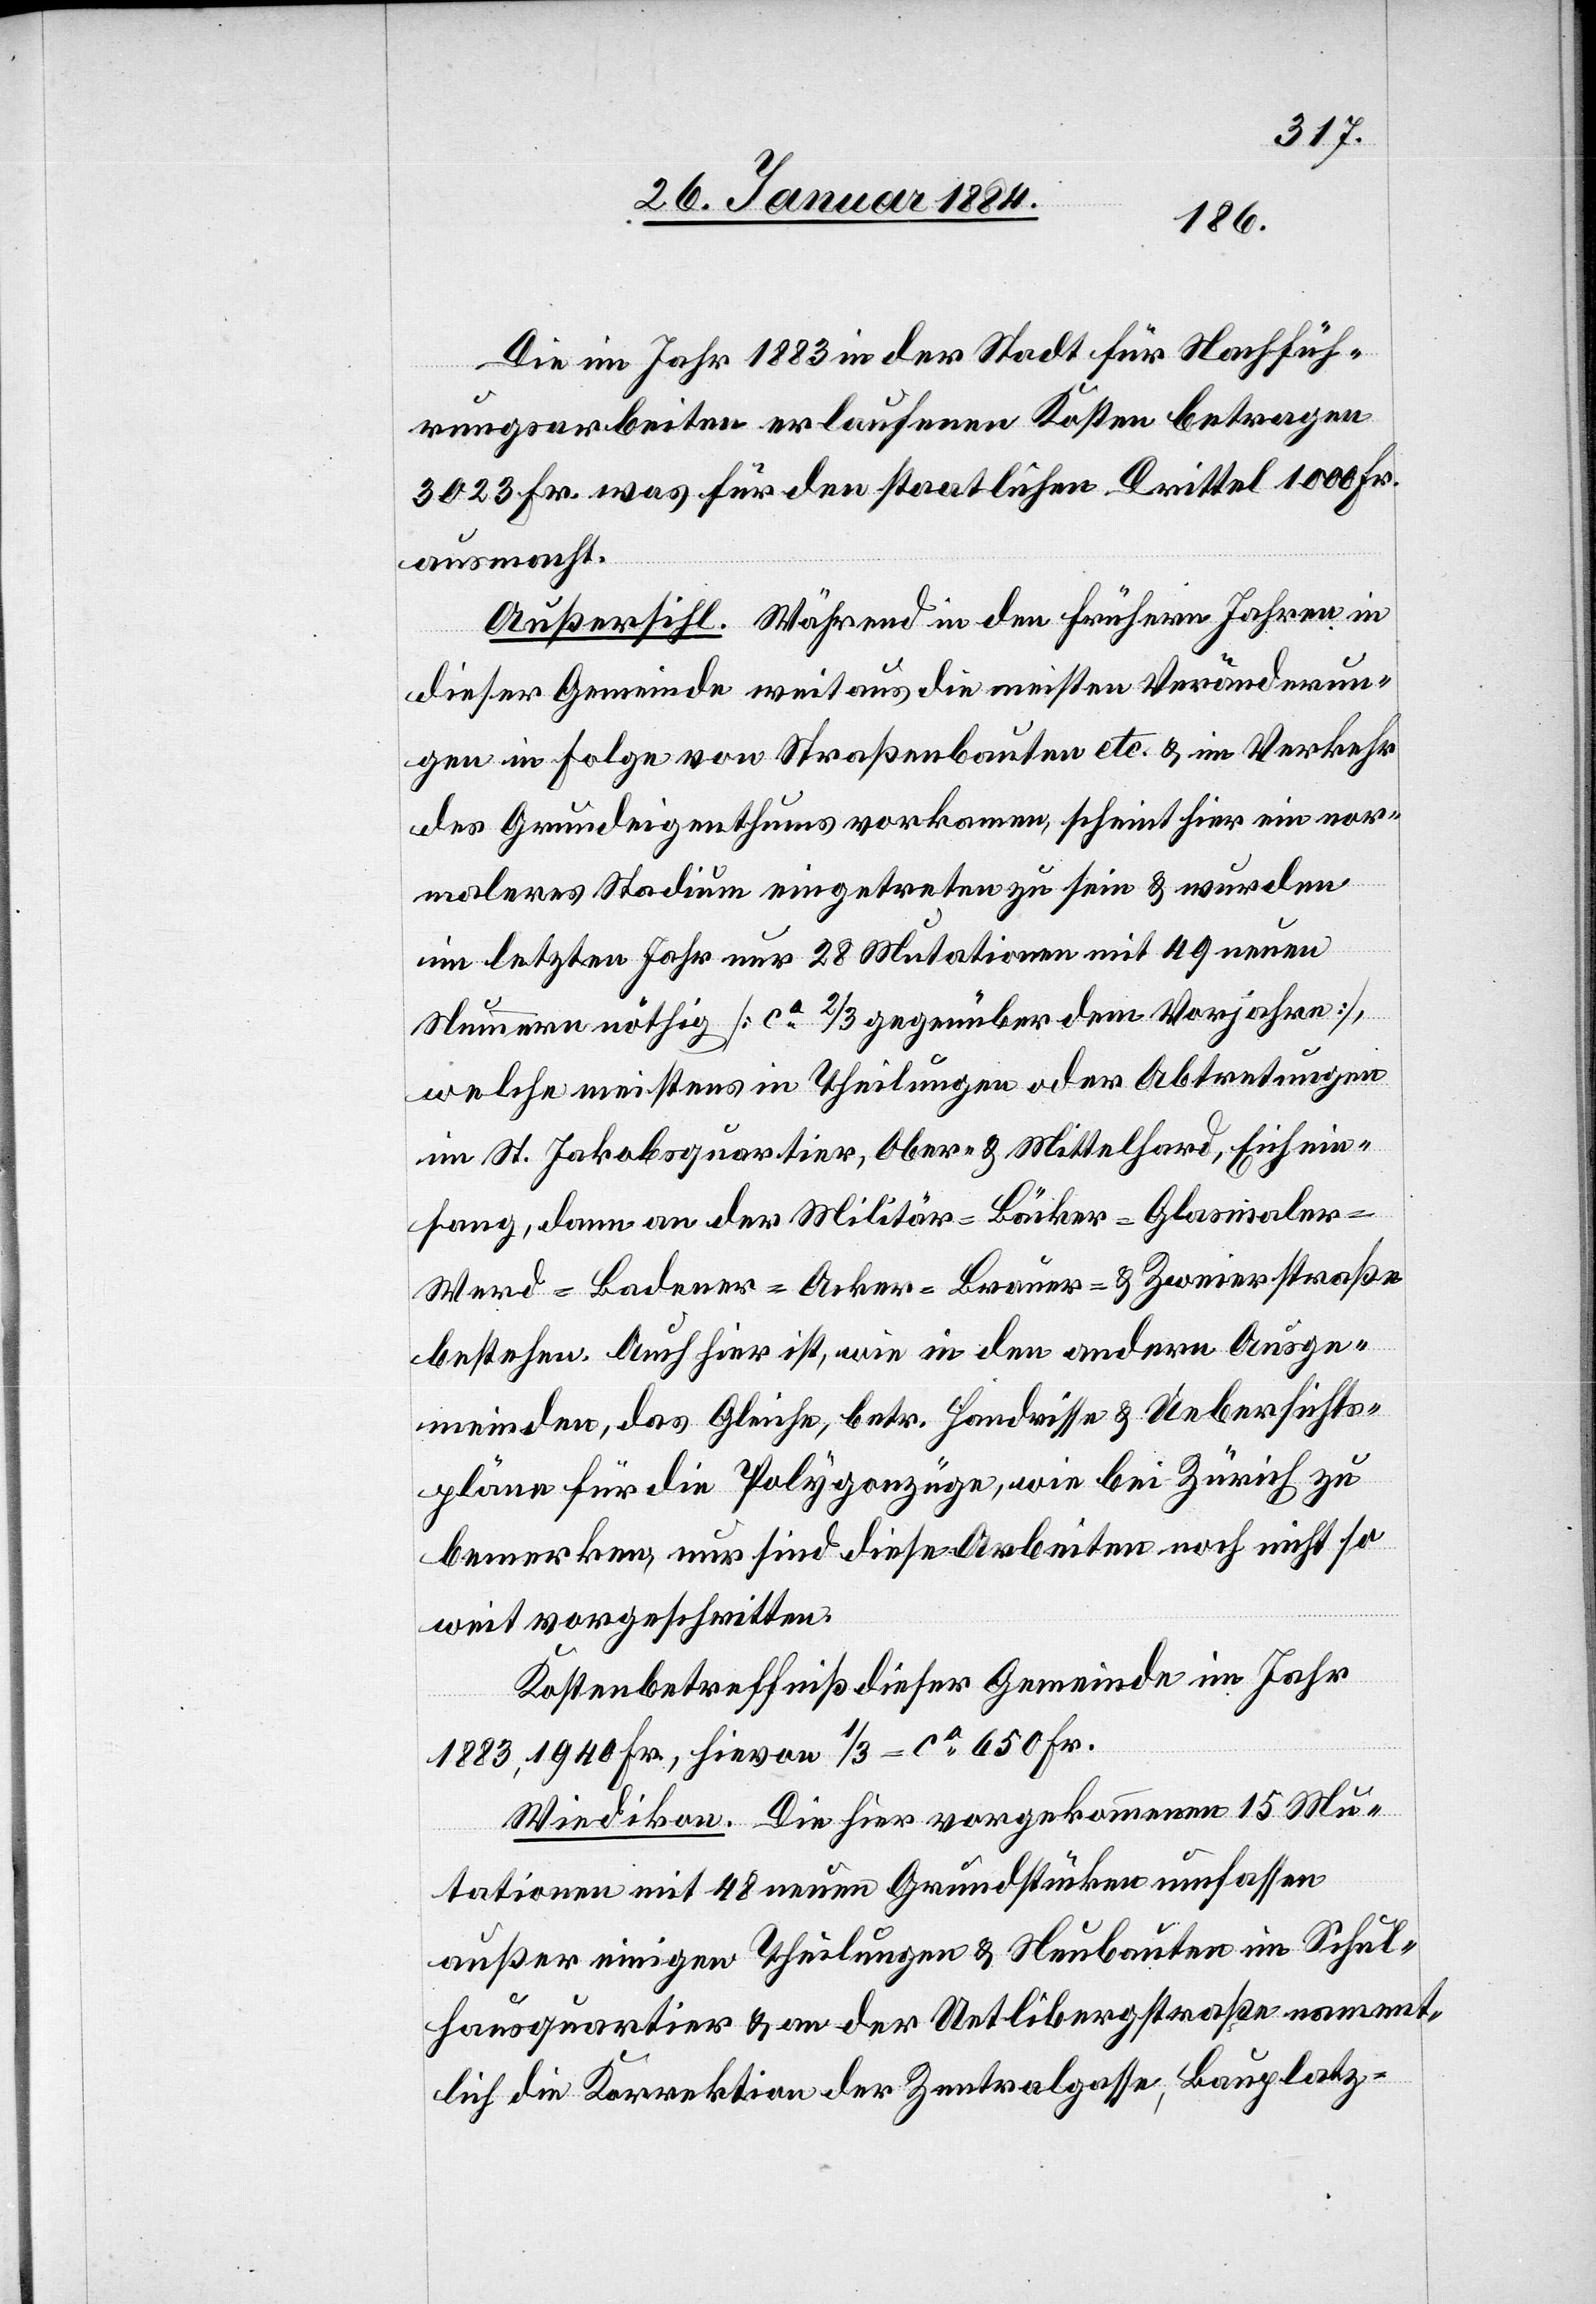
Die im Jahr 1883 in der Stadt für Nachfüh¬
rungsarbeiten erlaufenden Kosten betragen
3023 Fr. was für den staatlichen Drittel 1000 Fr.
ausmacht.
Außersihl. Während in den frühern Jahren in
dieser Gemeinde weitaus die meisten Veränderun¬
gen in Folge von Straßenbauten etc. & im Verkehr
des Grundeigenthums vorkommen, scheint hier ein nor¬
males Stadium eingetreten zu sein & wurden
im letzten Jahr nur 28 Mutationen mit 49 neuen
Nummern nöthig [ca 2/3 gegenüber dem Vorjahre],
welche meistens in Theilungen oder Abtretungen
im St. Jakobsquartier, Ober- & Mittelhard, Eichein¬
fang, dann an der Militär-Brauer- & Zweierstrase
bestehen. Auch hier ist, wie in den andern Ausge¬
meinden, das Gleiche, betr. Handrisse & Uebersichts¬
pläne für die Polygonzüge, wie bei Zürich zu
bemerken, nur sind diese Arbeiten noch nicht so
weit vorgeschritten.
Kostenbetreffniß dieser Gemeinde im Jahr
1883, 1940 Fr., hievon 1/3 = ca 650 Fr.
Wiedikon. Die hier vorgekommenen 15 Mu¬
tationen mit 48 neuen Grundstücken umfassen
außer einigen Theilungen & Neubauten in Schul¬
hausquartier & an der Uetlibergstraße nament¬
lich die Korrektion der Zentralgasse, Bauplatz-